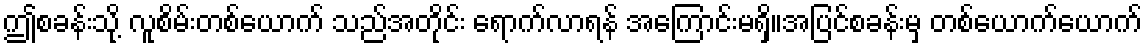
ဤစခန်းသို့ လူစိမ်းတစ်ယောက် သည်အတိုင်း ရောက်လာရန် အကြောင်းမရှိ။အပြင်စခန်းမှ တစ်ယောက်ယောက်